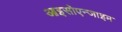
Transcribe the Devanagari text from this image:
आइसोएन्जाइम